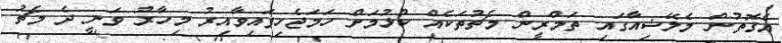
އެގޮތުން މެލޭޝިއާގައި ތަމްރީން މެޗުތަކެއް ކުޅުމަށް ހަމަޖެހިފައިވާއިރު މިހާރު ވަނީ ދެ މެޗު